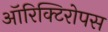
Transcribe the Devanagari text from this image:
ऑरिक्टिरोपस